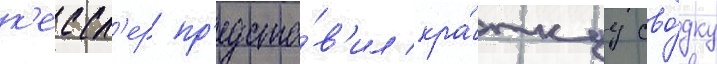
к'ессл'ер пр'едста́в'ил кра́ткуу сво́дку